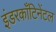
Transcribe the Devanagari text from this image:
इंडरकाँटिनेंटल